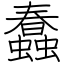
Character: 蠢